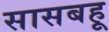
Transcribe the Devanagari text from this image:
सासबहू